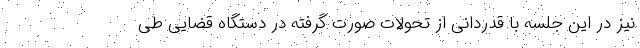
نیز در این جلسه با قدردانی از تحولات صورت گرفته در دستگاه قضایی طی